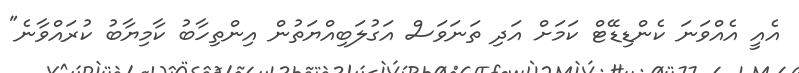
އެއީ އެއްވަނަ ކެންޑިޑޭޓް ކަމަށް އަދި ތަނަވަސް އަގުލަބިއްޔަތުން އިންތިހާބު ކާމިޔާބު ކުރައްވާނެ"